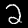
Digit: 2